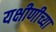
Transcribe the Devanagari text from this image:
यक्षीणीच्या